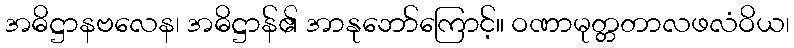
အဓိဋ္ဌာနဗလေန၊ အဓိဋ္ဌာန်၏ အာနုဘော်ကြောင့်။ ဝဏာမုတ္တတာလဖလံဝိယ၊